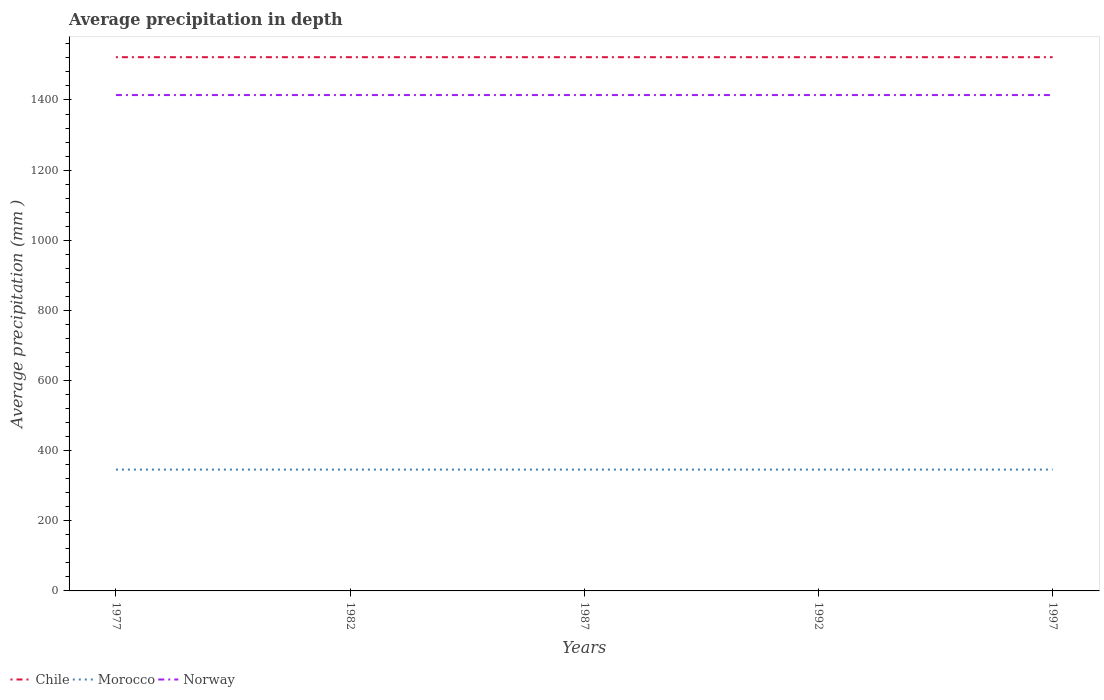
| Years | Chile | Morocco | Norway |
 | --- | --- | --- | --- |
 | 1977 | 1.52e+03 | 346 | 1.41e+03 |
 | 1982 | 1.52e+03 | 346 | 1.41e+03 |
 | 1987 | 1.52e+03 | 346 | 1.41e+03 |
 | 1992 | 1.52e+03 | 346 | 1.41e+03 |
 | 1997 | 1.52e+03 | 346 | 1.41e+03 |